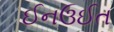
ઈનઉઈત